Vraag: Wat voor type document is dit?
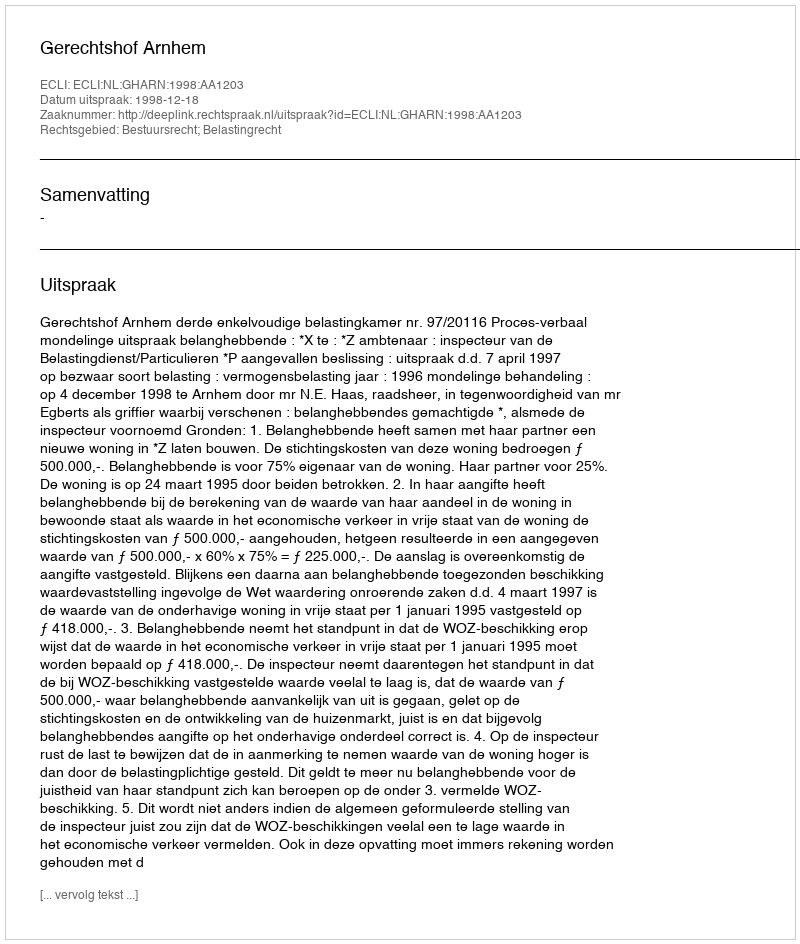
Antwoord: Uitspraak